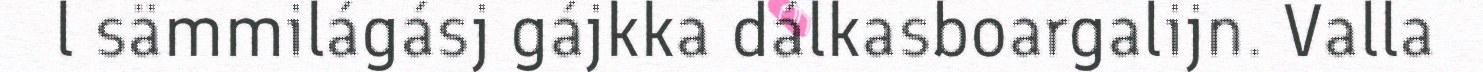
l sämmilágásj gájkka dálkasboargalijn. Valla